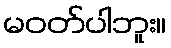
မဝတ်ပါဘူး။